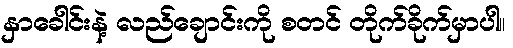
နှာခေါင်းနဲ့ လည်ချောင်းကို စတင် တိုက်ခိုက်မှာပါ။